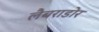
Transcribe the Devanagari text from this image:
लैबराडोर